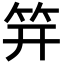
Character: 笄